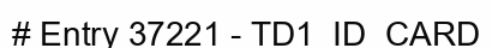
# Entry 37221 - TD1_ID_CARD